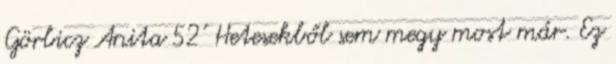
Görbicz Anita 52' Hetesekből sem megy most már. Ez